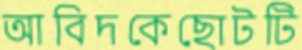
আবিদকেছোটটি